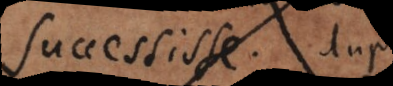
successisse. Duplex